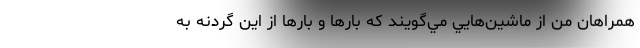
همراهان من از ماشين‌هايي مي‌گويند كه بارها و بارها از اين گردنه به